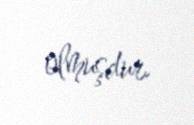
olmuşdur.